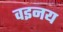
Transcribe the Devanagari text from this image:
वइनय